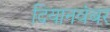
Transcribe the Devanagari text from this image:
दियानवंबर